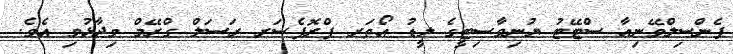
ޕެންސިލްވޭނިއާ ސްޓޭޓު ޔުނިވާސިޓީގެ ލީޑު އޯތަރ ޕްރޮފެސަރ ރަސަލް ގްރޭމް ވިދާޅުވި އެވެ.